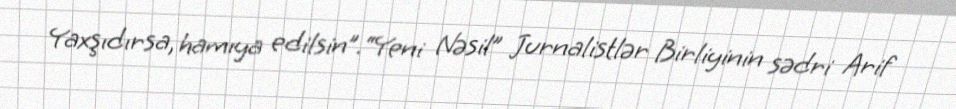
Yaxşıdırsa, hamıya edilsin”.“Yeni Nəsil” Jurnalistlər Birliyinin sədri Arif